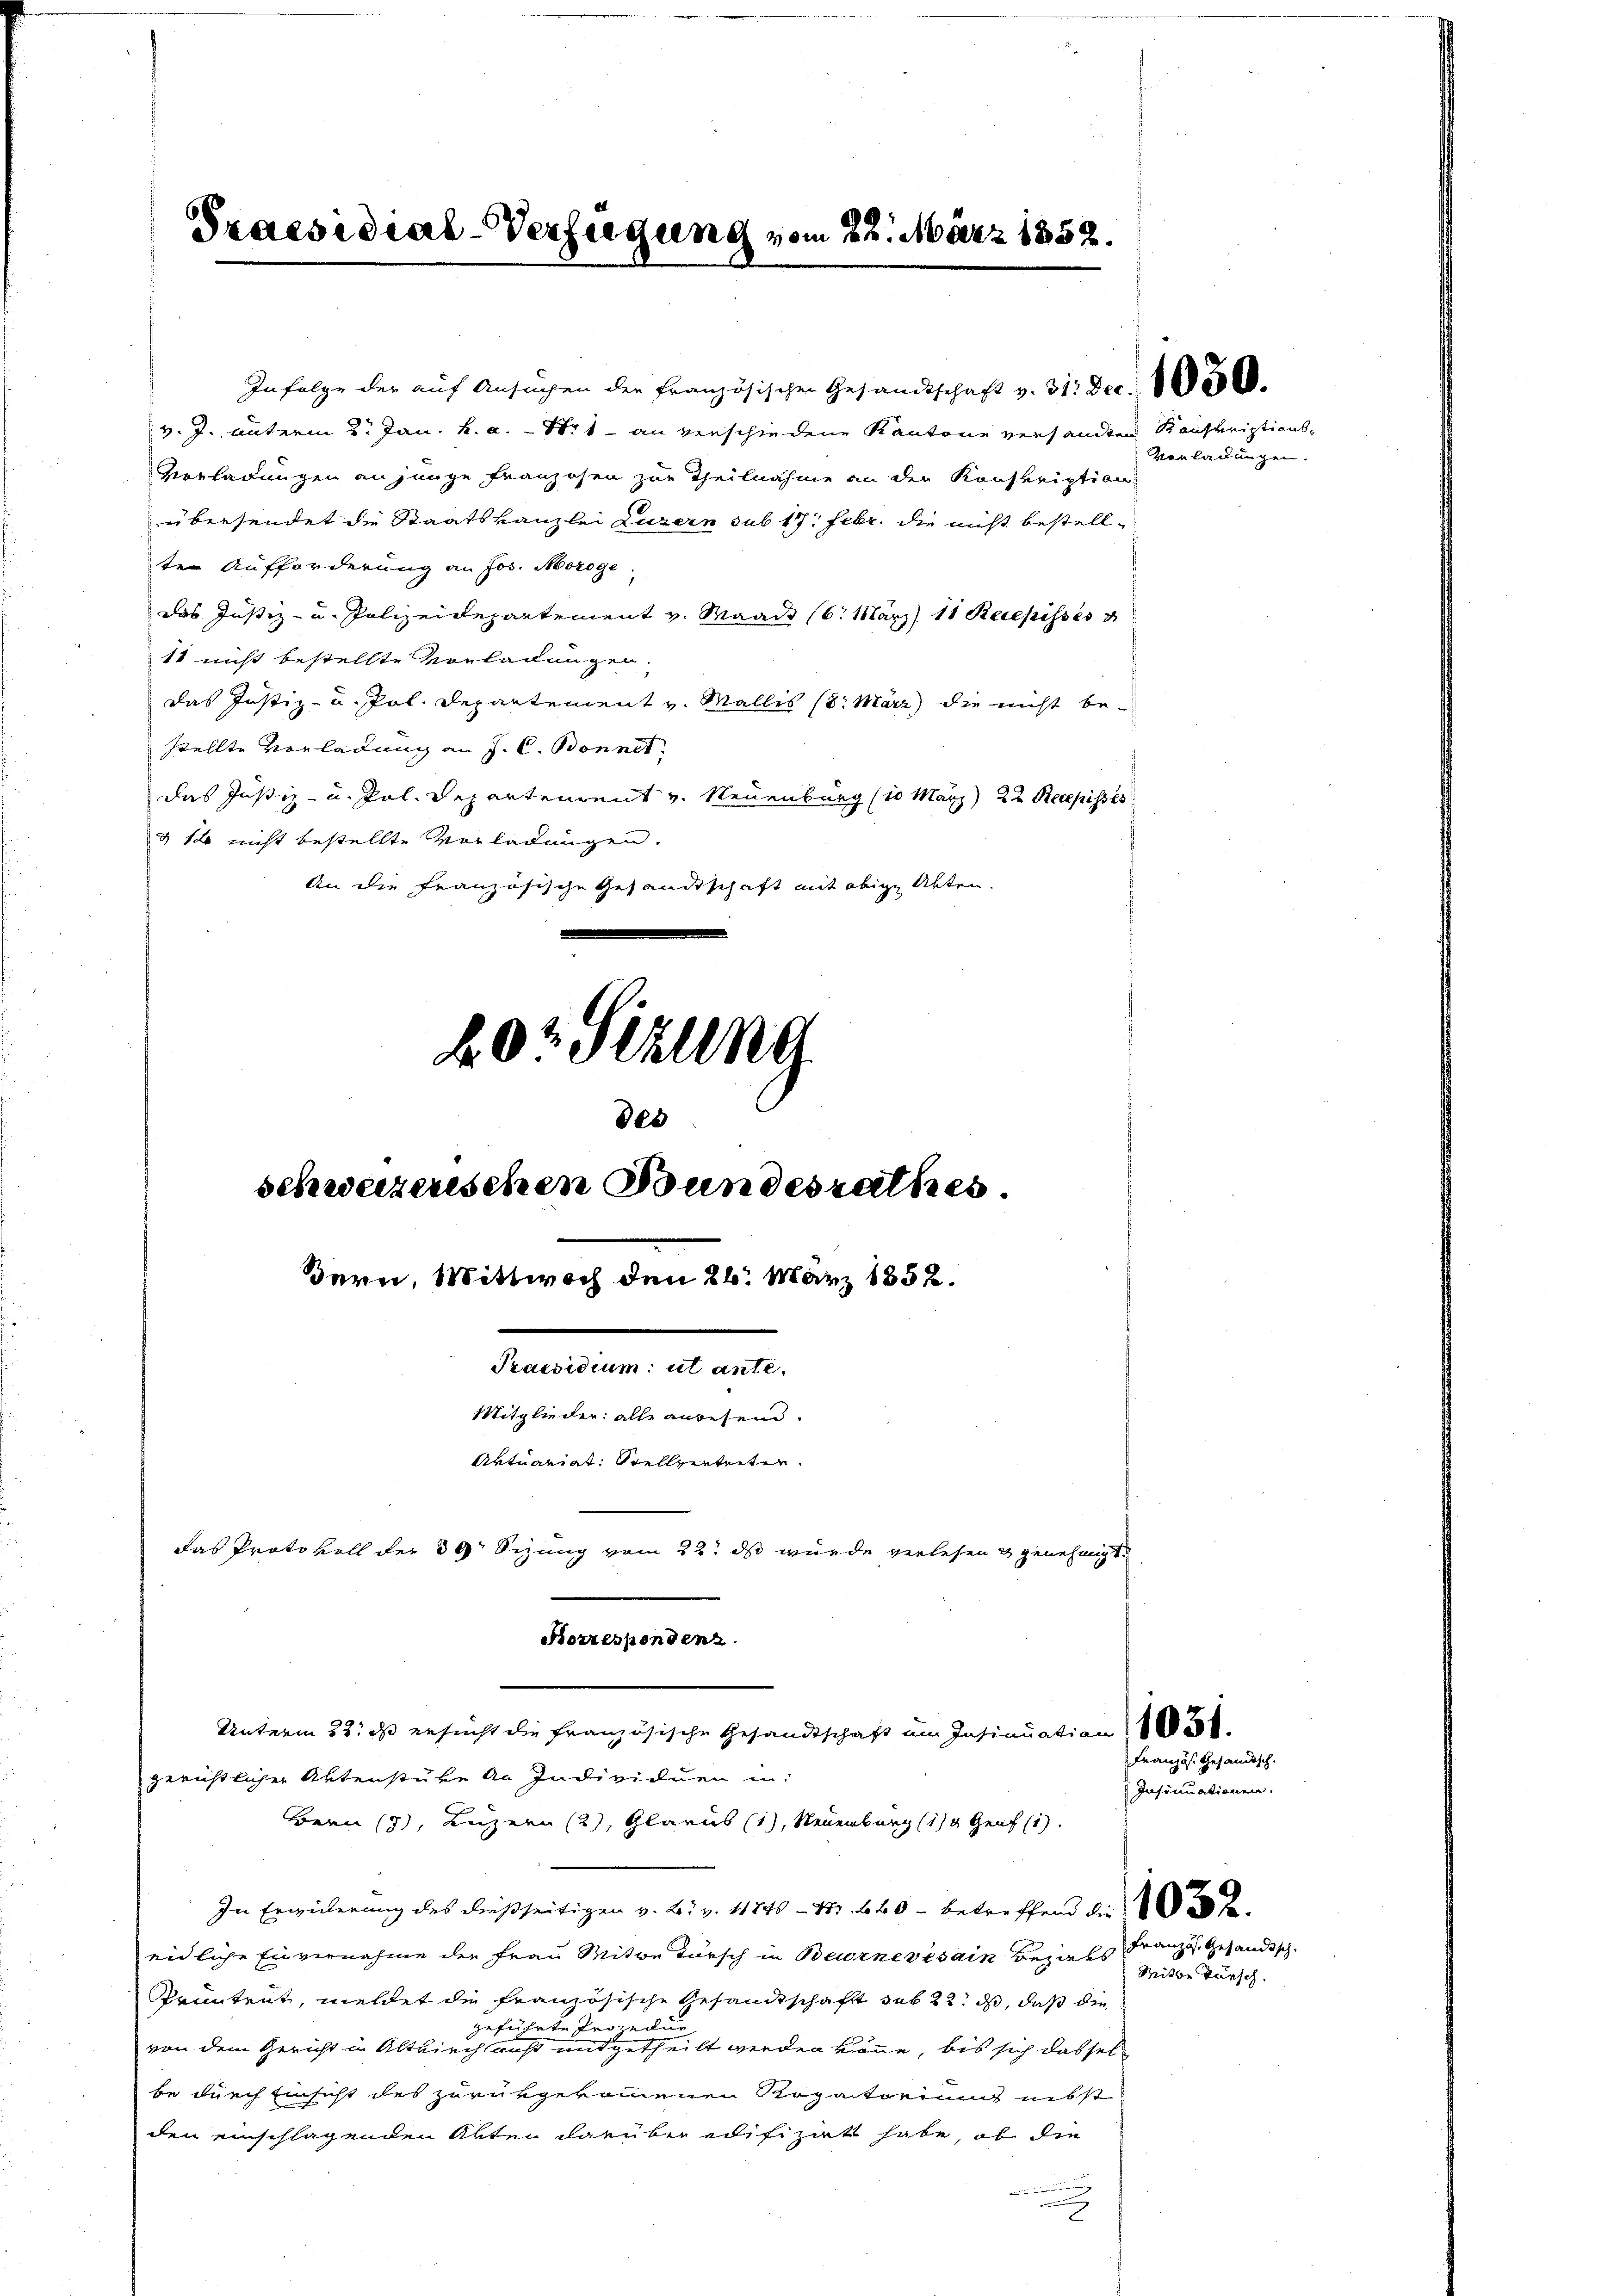
Praesidial-Verfügung vom 23. März 1852.

schweizerischen Bundesrathes.
Bern, Wittwoch den 26. März 1852.
Praesidium ut ante-
Mitglieder: alle anwesen.
Aktuariat Stellverteiten.
das Protokoll der 39 Sizung vom 22. ds wurde verlesen & genehmigt.

In folge der auf Ansuchen der Französischen Gesandtschaft v. 31. Dec. 105000.
v. J. unterm 2. Jan. k. a. — 11 an verschiedene Kantone versandten Konskriptions¬
Vorladungen an junge Franzosen zur Theilnahme an der Konskription
en bessendet die Staatskanzlei Luzern sub 17. Febr. die nicht bestellten Aufforderung an Jos. Morge
das Justiz- u. Polizeidepartement v. Waadt (6. März 11. Recepisses
11 nicht bestellte Vorladungen.
das Justiz- u. Pol. Departement v. Wallis (8. März die nicht bestellte Vorladung an J. C. Bonnet
das Justiz- u. Pol. Departenrent v. Neuenburg (in März) 22 Recepisses
& so nicht bestellte Vorladungen.
An die französische Gesandtschaft mit obige Abten.
20t Sizung
des

Korrespendenz.
Unterm 22. ds ersucht die französische Gesandtschaft im Insinuation
gerichtlicher Aktenstüke an Individuen in:

Bern (7), Luzern (2), Glarus (1), Neuenburg (1) Genf
In Erwiederung des dießseitigen v. 2. v. 11846 - 457. 640 - betreffend die
eidliche Einvernahme der Frau Mitwe Türsch in Beurnevesain Beziehs Franz, gesandtsch
Pruntrut, meldet die französische Gesandtschafft sub 22. ds, daß die
geführte Pro der
von dem Gericht in Altkirch auf mitgetheilt werden könne, bis sich dassel-
be durch Einsicht des zurükgekommenen Rogatoriums nebst
den einschlagenden Akten darüber edifizirt habe, ob die

Vorladungen.

Französ. Gesandsch
Insinuationen.

Mitte Tursch.